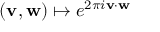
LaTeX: ( \mathbf { v } , \mathbf { w } ) \mapsto e ^ { 2 \pi { i } { \mathbf { v } } \cdot { \mathbf { w } } }